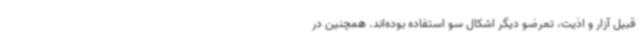
قبیل آزار و اذیت، تعرضو دیگر اشکال سو استفاده بوده‌اند. همچنین در